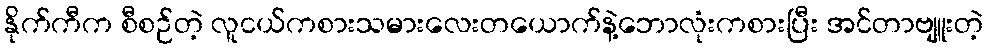
နိုက်ကီက စီစဉ်တဲ့ လူငယ်ကစားသမားလေးတယောက်နဲ့ဘောလုံးကစားပြီး အင်တာဗျူးတဲ့